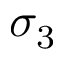
\sigma _ { 3 }